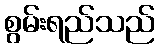
စွမ်းရည်သည်